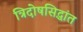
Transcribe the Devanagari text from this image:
त्रिदोषसिद्धांत